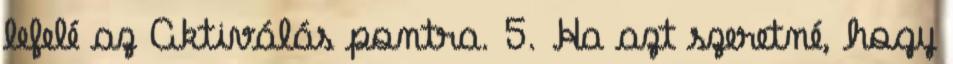
lefelé az Aktiválás pontra. 5. Ha azt szeretné, hogy